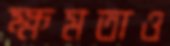
ক্ষমতাও